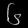
Digit: ၆